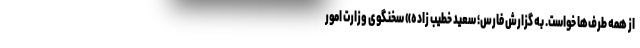
از همه طرف‌ها خواست. به گزارش فارس؛ سعید خطیب زاده» سخنگوی وزارت امور